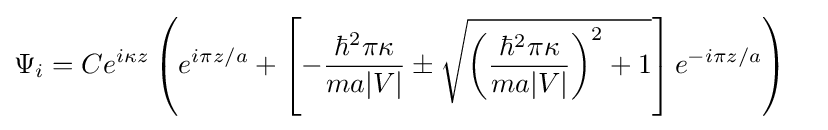
{\begin{aligned}\Psi _{i}&=Ce^{i\kappa z}\left(e^{i\pi z/a}+\left[-{\frac {\hbar ^{2}\pi \kappa }{ma|V|}}\pm {\sqrt {\left({\frac {\hbar ^{2}\pi \kappa }{ma|V|}}\right)^{2}+1}}\right]e^{-i\pi z/a}\right)\end{aligned}}